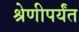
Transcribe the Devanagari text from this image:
श्रेणीपर्यंत